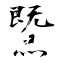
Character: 鱀